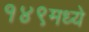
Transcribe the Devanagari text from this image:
१४९मध्ये